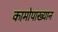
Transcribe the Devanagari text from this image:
कामोपाख्यान